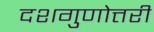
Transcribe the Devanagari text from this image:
दशगुणोत्तरी